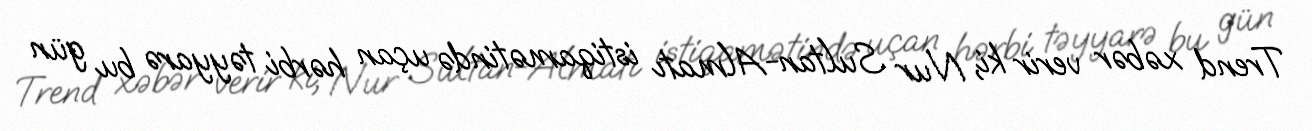
Trend xəbər verir ki, Nur Sultan-Almatı istiqamətində uçan hərbi təyyarə bu gün